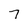
Character: 7